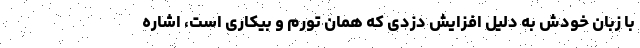
با زبان خودش به دلیل افزایش دزدی که همان تورم و بیکاری است، اشاره